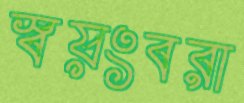
স্বয়ংবরা